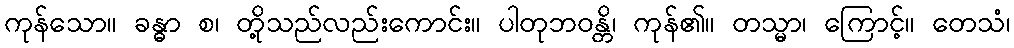
ကုန်သော။ ခန္ဓာ စ၊ တို့သည်လည်းကောင်း။ ပါတုဘဝန္တိ၊ ကုန်၏။ တသ္မာ၊ ကြောင့်။ တေသံ၊